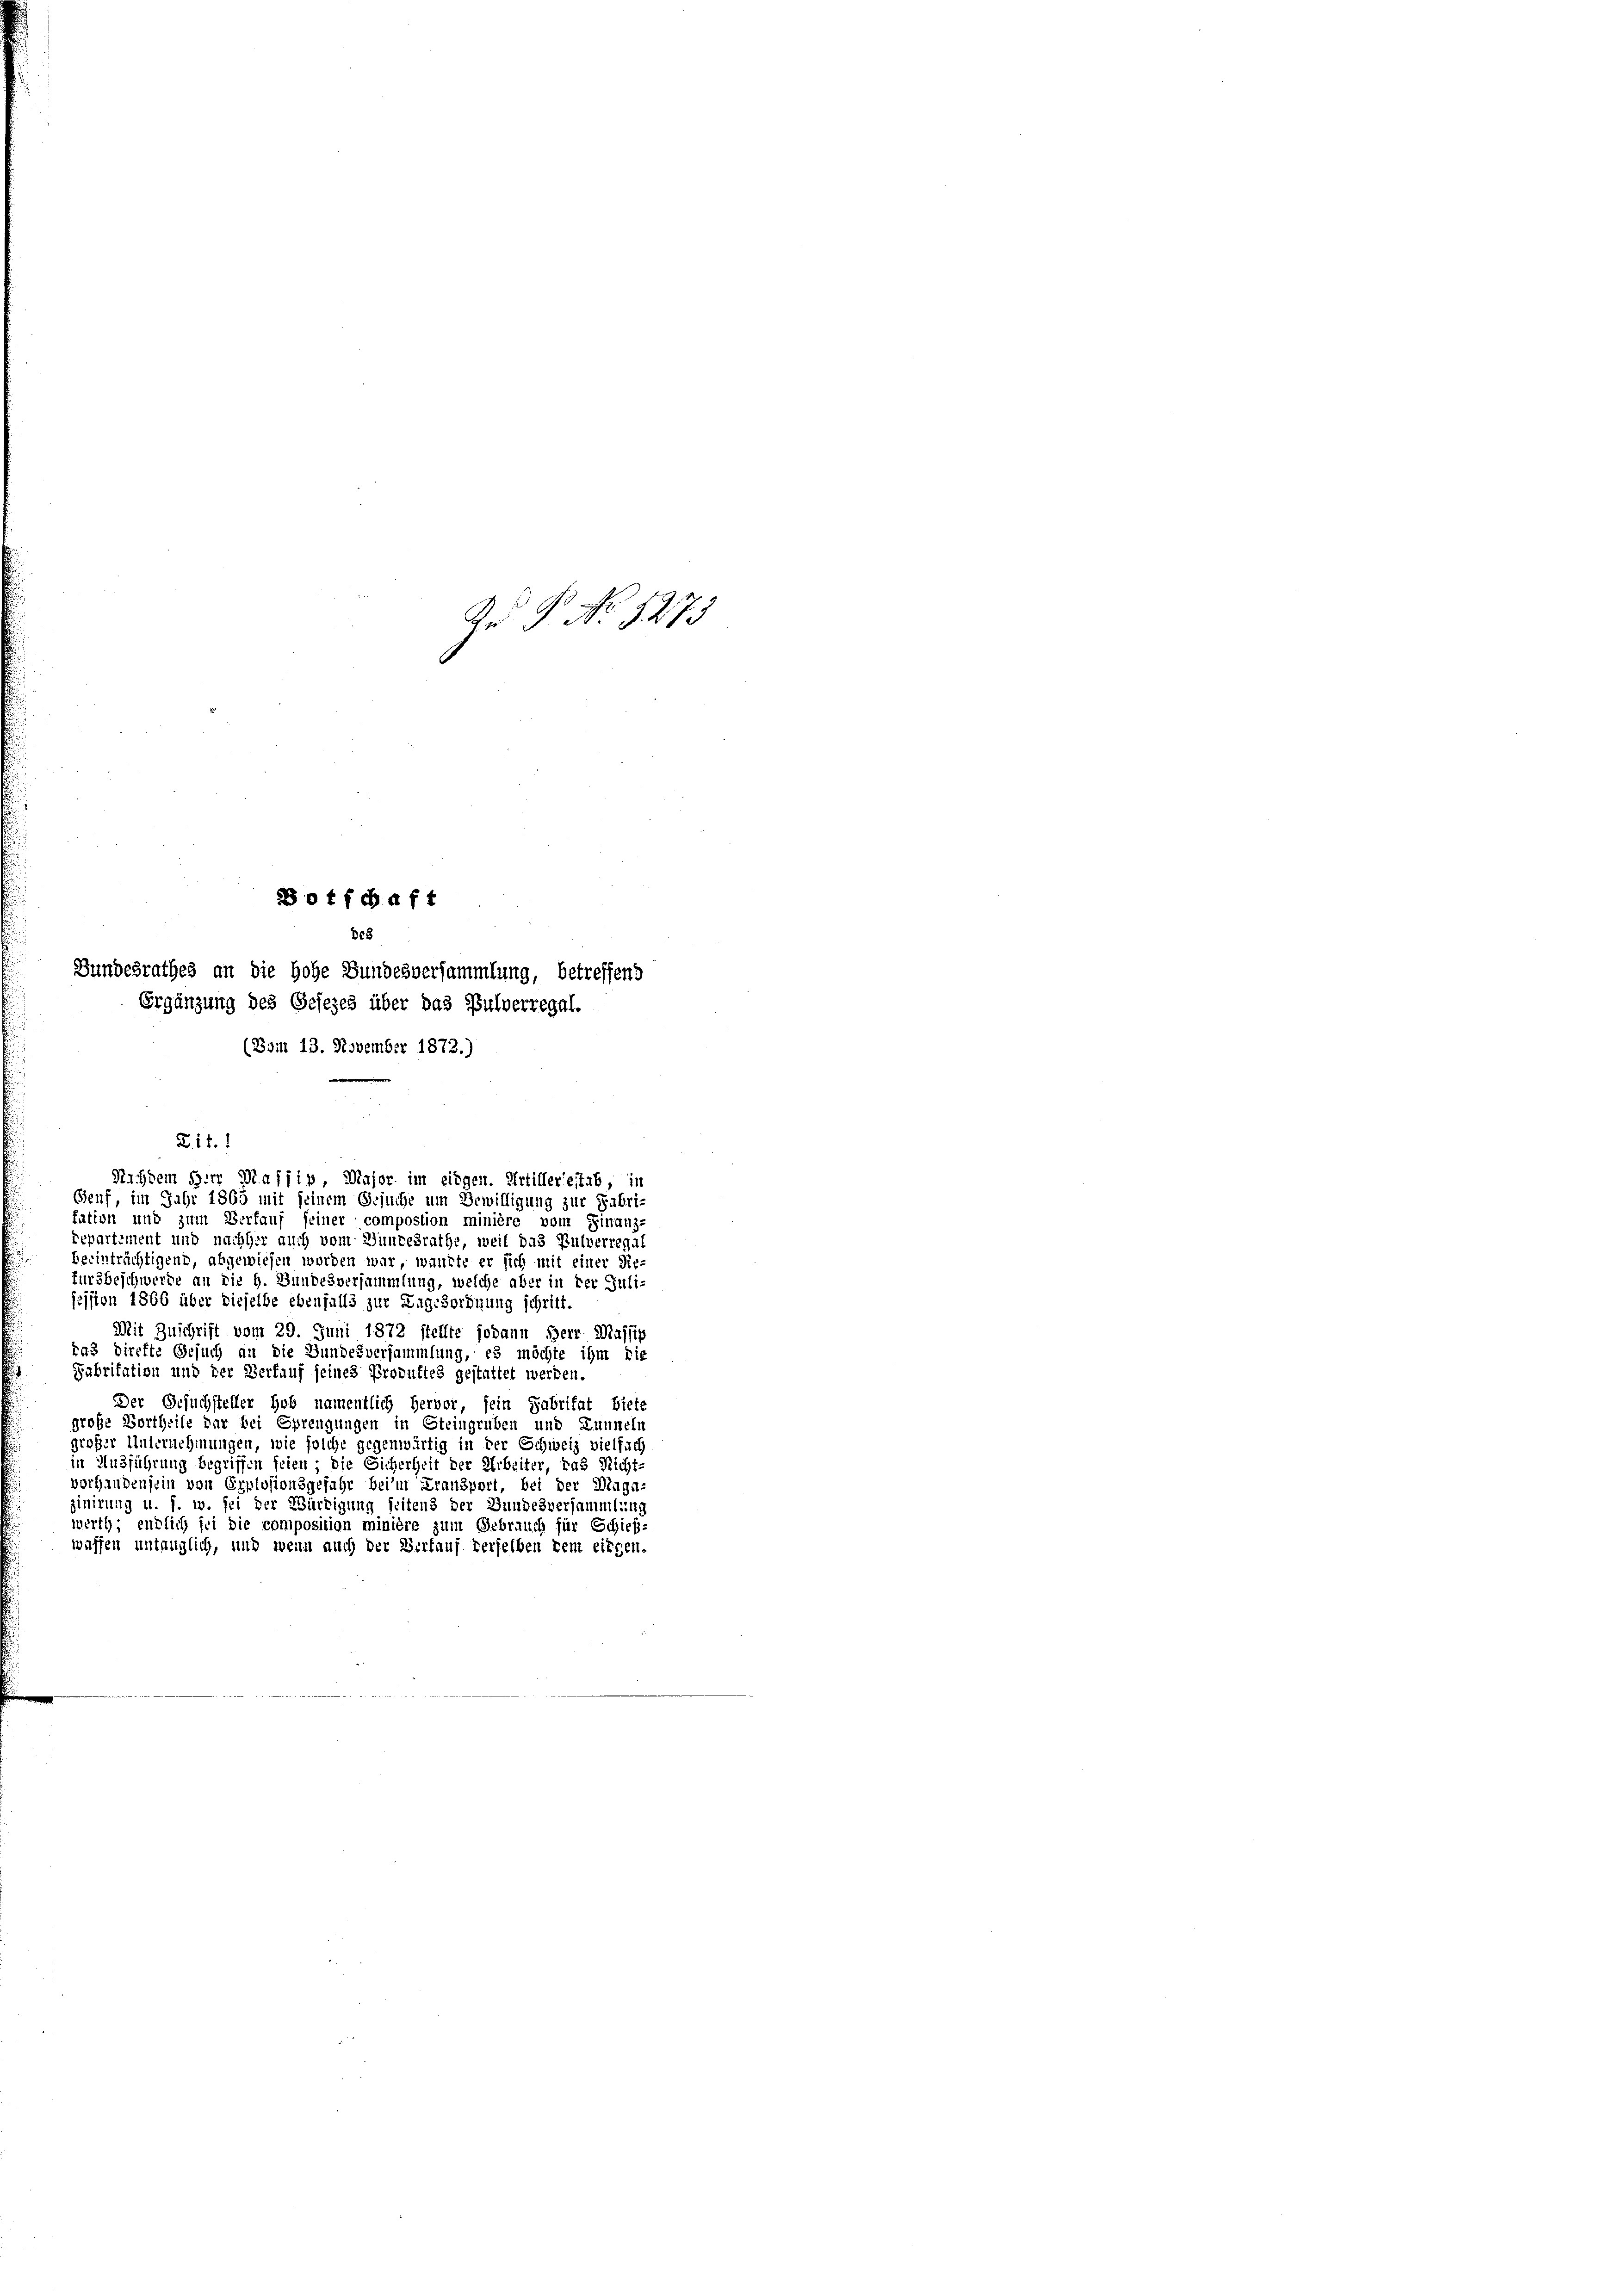
§. 11. d

A P No 1273

otfchaft
808
Bundesrathes an die hohe Bundesversammlung, betreffend
Ergänzung des Gesezes über das Pulverregal.
(Bom 13. November 1872.)

Benf, im Jahr 1865 mit seinem Gesuche um Bewilligung zur Fabri-
fation und zum Verfauf seiner compostion minière vom Finanz-
repartement und nachher auch vom Zundesrathe, weil das Pulverregal
beeinträchtigend, abgewiesen worden war, wannte er sich mit einer Sie-
für beschwerde an die H. Bundesversammlung, welche aber in der Juli-
session 1866 über dieselbe ebenfalls zur Lagesordnung schritt.
Mit Zuschrift vom 29. Juni 1872 stellte sodann Herr Massig
ras direkte Gesuch an die Bundesversammlung, es möchte ihm die
Fabritation und der Verkauf seines Produftes gestattet werden.
Der Gesuchsteller hob namentlich hervor, sein Fabritat biete
große Vortheile dar bei Sprengungen in Steingruben und Lunneln
großer Unternehmungen, wie solche gegenwärtig in der Schweiz vielfach
in Ausführung begriffen seien; die Sicherheit der Arbeiter, das Nicht-
vorhandensein von Erplosionsgefahr beim Fransport, bei der Maga-
zinirung u. s. w. sei der Würdigung seitens der Bundesversammlung
werth; endlich sei die composition minière zum Gebrauch für Schieb-
waffen untauglich, und wenn auch der Verkauf derselben kein eingen.

Nachdem Herr Massiv Major im eidgen. Artillereitab, in